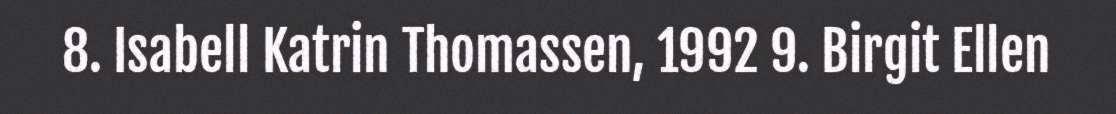
8. Isabell Katrin Thomassen, 1992 9. Birgit Ellen